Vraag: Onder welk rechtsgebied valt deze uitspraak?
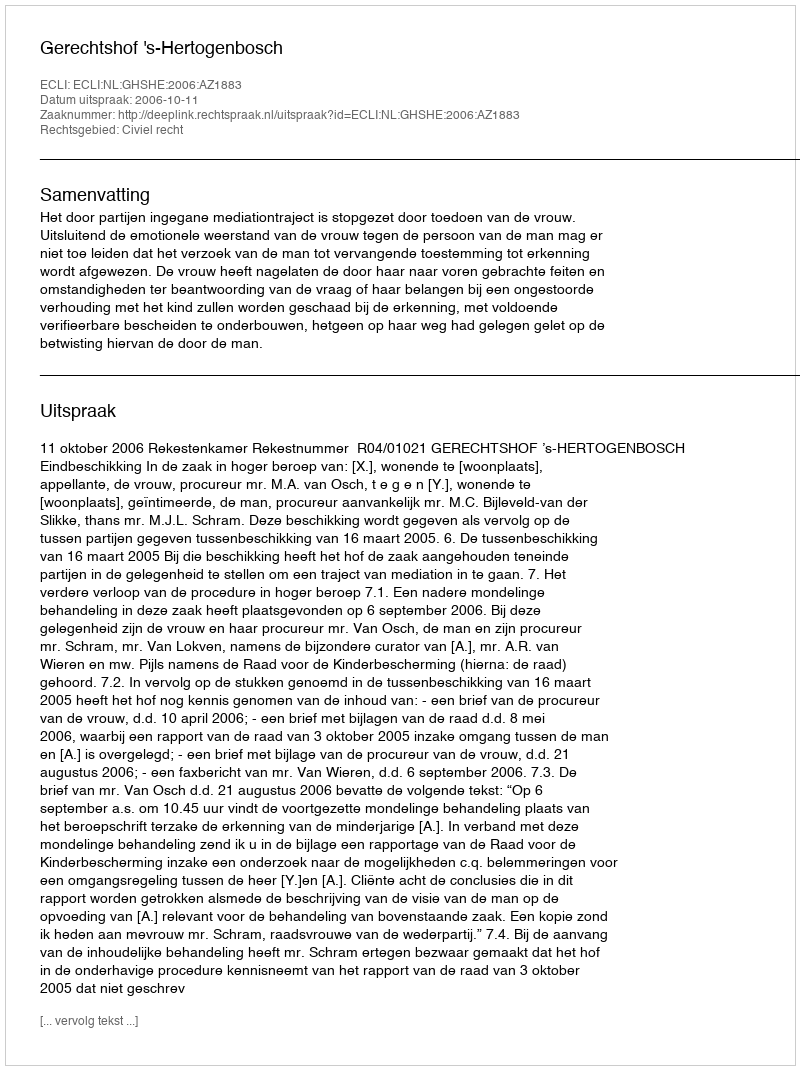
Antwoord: Civiel recht